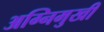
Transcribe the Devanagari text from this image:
अग्निमुखी